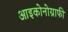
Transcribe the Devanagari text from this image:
आइकोनोग्राफी